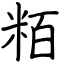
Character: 粨